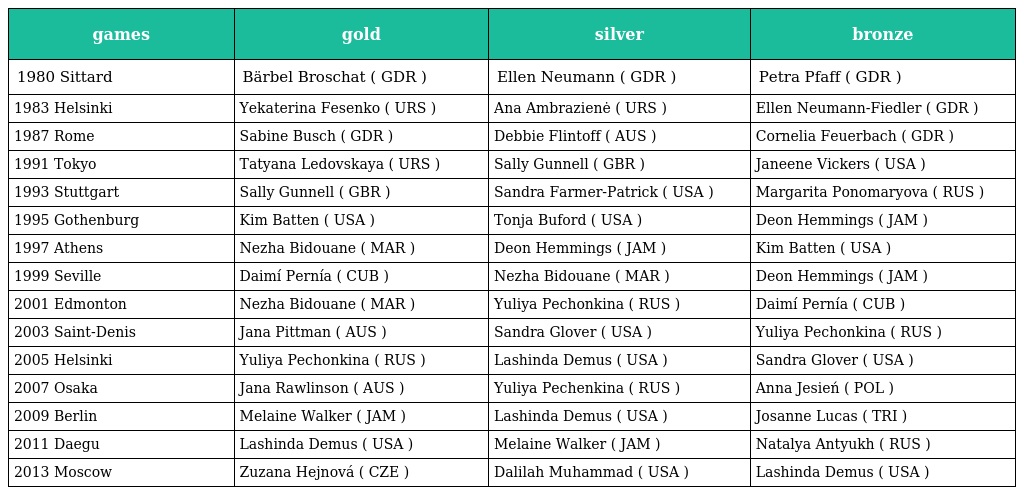
| games | gold | silver | bronze |
 | --- | --- | --- | --- |
 | 1980 Sittard | Bärbel Broschat ( GDR ) | Ellen Neumann ( GDR ) | Petra Pfaff ( GDR ) |
 | 1983 Helsinki | Yekaterina Fesenko ( URS ) | Ana Ambrazienė ( URS ) | Ellen Neumann-Fiedler ( GDR ) |
 | 1987 Rome | Sabine Busch ( GDR ) | Debbie Flintoff ( AUS ) | Cornelia Feuerbach ( GDR ) |
 | 1991 Tokyo | Tatyana Ledovskaya ( URS ) | Sally Gunnell ( GBR ) | Janeene Vickers ( USA ) |
 | 1993 Stuttgart | Sally Gunnell ( GBR ) | Sandra Farmer-Patrick ( USA ) | Margarita Ponomaryova ( RUS ) |
 | 1995 Gothenburg | Kim Batten ( USA ) | Tonja Buford ( USA ) | Deon Hemmings ( JAM ) |
 | 1997 Athens | Nezha Bidouane ( MAR ) | Deon Hemmings ( JAM ) | Kim Batten ( USA ) |
 | 1999 Seville | Daimí Pernía ( CUB ) | Nezha Bidouane ( MAR ) | Deon Hemmings ( JAM ) |
 | 2001 Edmonton | Nezha Bidouane ( MAR ) | Yuliya Pechonkina ( RUS ) | Daimí Pernía ( CUB ) |
 | 2003 Saint-Denis | Jana Pittman ( AUS ) | Sandra Glover ( USA ) | Yuliya Pechonkina ( RUS ) |
 | 2005 Helsinki | Yuliya Pechonkina ( RUS ) | Lashinda Demus ( USA ) | Sandra Glover ( USA ) |
 | 2007 Osaka | Jana Rawlinson ( AUS ) | Yuliya Pechenkina ( RUS ) | Anna Jesień ( POL ) |
 | 2009 Berlin | Melaine Walker ( JAM ) | Lashinda Demus ( USA ) | Josanne Lucas ( TRI ) |
 | 2011 Daegu | Lashinda Demus ( USA ) | Melaine Walker ( JAM ) | Natalya Antyukh ( RUS ) |
 | 2013 Moscow | Zuzana Hejnová ( CZE ) | Dalilah Muhammad ( USA ) | Lashinda Demus ( USA ) |